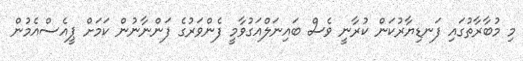
މި މުބާރާތުގައި ފަނޑިޔާރުކަން ކުރާނީ ވެސް ބައިނަލްއަގުވާމީ ފެންވަރުގެ ފަންނާނުން ކަމަށް ޕީއެސްއެމުން